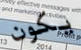
يكون